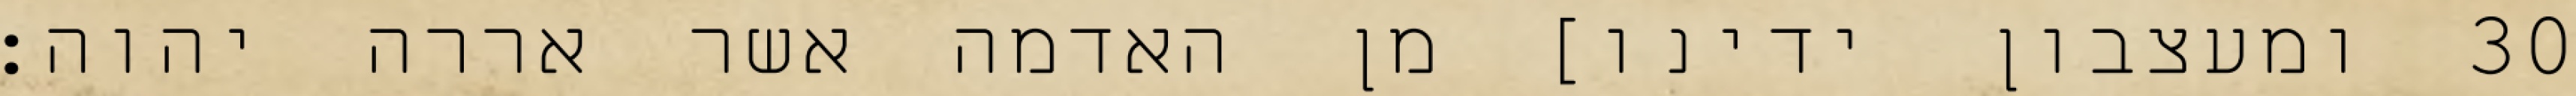
ומעצבון ידינו] מן האדמה אשר אררה יהוה׃ ‎30‏